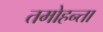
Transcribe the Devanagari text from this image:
तमोहन्ता